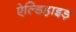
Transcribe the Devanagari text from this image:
ऐल्डिहाइड़